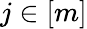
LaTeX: j\in[m]